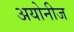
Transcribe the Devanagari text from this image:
अयोनीज